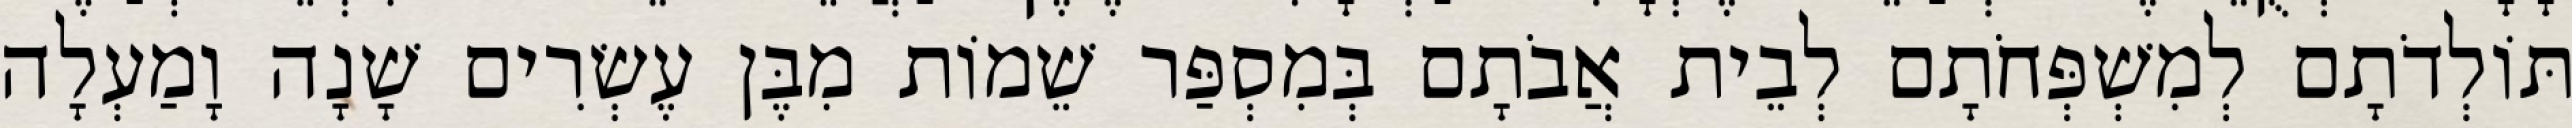
תּוֹלְדֹתָם לְמִשְׁפְּחֹתָם לְבֵית אֲבֹתָם בְּמִסְפַּר שֵׁמוֹת מִבֶּן עֶשְׂרִים שָׁנָה וָמַעְלָה